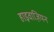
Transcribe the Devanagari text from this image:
हाइवाज़ियन